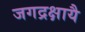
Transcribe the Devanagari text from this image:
जगद्रक्षायै